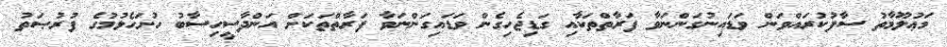
މަޢުލޫމާތު ސާފުކުރައްވަން ވަޑައިނުގަންނަވާ ފަރާތްތަކާއި ގަޑިޖެހިގެން ވަޑައިގަންނަވާ ފަރާތްތަކަށް އަންދާސީހިސާބު ހުށަހެޅުމުގެ ފުރުޞަތު